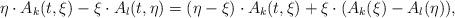
LaTeX: \begin{align*}\eta\cdot A_k(t,\xi)-\xi\cdot A_l(t,\eta)=(\eta-\xi)\cdot A_k(t,\xi)+\xi\cdot(A_k(\xi)-A_l(\eta)),\end{align*}